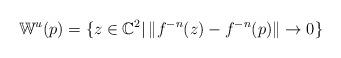
LaTeX: \begin{align*}\mathbb W^u(p)=\{z\in\mathbb C^2|\,\Vert f^{-n}(z)-f^{-n}(p)\Vert\to 0\}\end{align*}